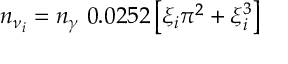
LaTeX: n _ { \nu _ { i } } = n _ { \gamma } ~ 0 . 0 2 5 2 \left[ \xi _ { i } \pi ^ { 2 } + \xi _ { i } ^ { 3 } \right]